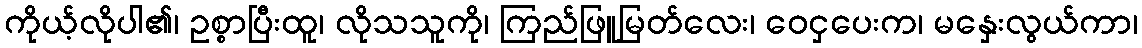
ကိုယ့်လိုပါ၏၊ ဥစ္စာပြီးထူ၊ လိုသသူကို၊ ကြည်ဖြူမြတ်လေး၊ ဝေငှပေးက၊ မနှေးလွယ်ကာ၊